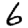
Digit: 6